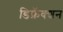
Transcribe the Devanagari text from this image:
डिफ्रॅक्शन